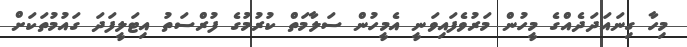
މިހާ ގިނައަދަދެއްގެ މީހުން މަރުވެފައިވަނީ އެމީހުން ސަލާމަތް ކުރުމުގެ ފުރްސަތު އިޓަލީފަދަ ގައުމުތަކަށް